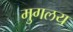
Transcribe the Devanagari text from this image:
मुगलय